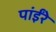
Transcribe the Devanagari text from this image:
पांईंरे